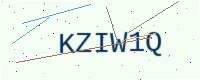
Text: KZIW1Q